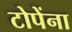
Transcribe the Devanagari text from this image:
टोपेंना